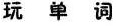
玩 单 词